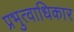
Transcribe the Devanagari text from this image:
प्रभुत्वाधिकार